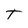
Character: T